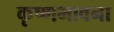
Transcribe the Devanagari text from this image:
कृष्णभावना